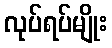
လုပ်ရပ်မျိုး